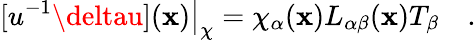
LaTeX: [u^{-1}\deltau](\mathbf{x})\big|_{\chi}={\chi_{\alpha}(\mathbf{x})}L_{\alpha\beta}(\mathbf{x})T_{\beta}\quad.